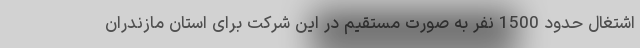
اشتغال حدود 1500 نفر به صورت مستقیم در این شرکت برای استان مازندران